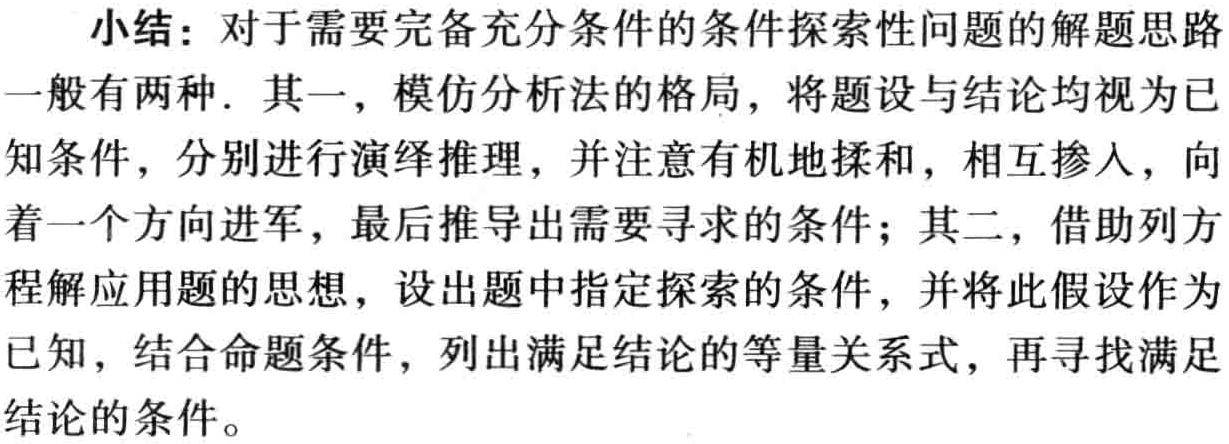
小结：对于需要完备充分条件的条件探索性问题的解题思路
一般有两种. 其一，模仿分析法的格局，将题设与结论均视为已
知条件，分别进行演绎推理，并注意有机地揉和，相互掺入，向
着一个方向进军，最后推导出需要寻求的条件；其二，借助列方
程解应用题的思想，设出题中指定探索的条件，并将此假设作为
已知，结合命题条件，列出满足结论的等量关系式，再寻找满足
结论的条件。